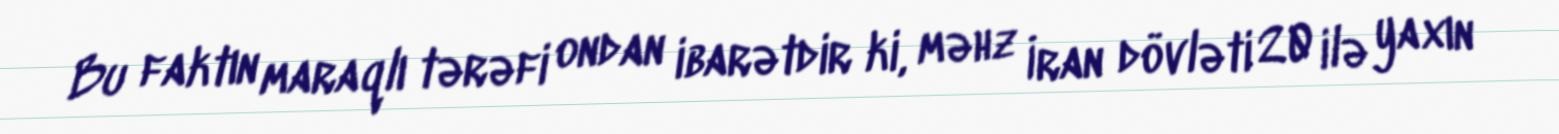
Bu faktın maraqlı tərəfi ondan ibarətdir ki, məhz İran dövləti 20 ilə yaxın